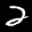
Label: 2